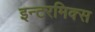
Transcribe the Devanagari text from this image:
इन्टरमिक्स